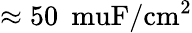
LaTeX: \approx 50\: \mathrm{\ muF/cm^{2}}